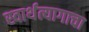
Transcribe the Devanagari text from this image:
स्वार्थत्यागाचा